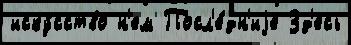
иску́сство н'ем Посл'е́дн'иjе Зд'есь